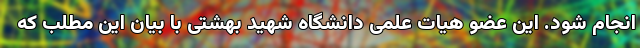
انجام شود. این عضو هیات علمی دانشگاه شهید بهشتی با بیان این مطلب که